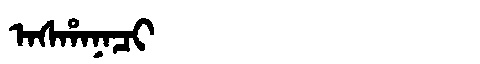
Manchu: ᠠᠰᡥᠠᠨᠠᠴᡳ
Romanization: ASHANACI